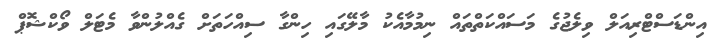
އިންޑަސްޓްރިއަލް ވިލެޖުގެ މަސައްކަތްތައް ނިމުމާއެކު މާލޭގައި ހިންގާ ސިއްހަތަށް ގެއްލުންވާ މެޓަލް ވޯކްޝޮޕް